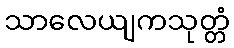
သာလေယျကသုတ္တံ